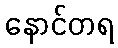
နောင်တရ